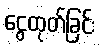
ငွေထုတ်ခြင်း